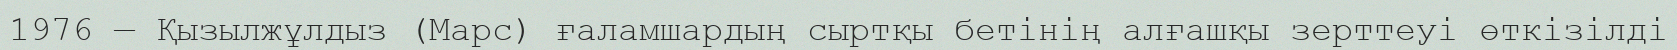
1976 — Қызылжұлдыз (Марс) ғаламшардың сыртқы бетінің алғашқы зерттеуi өткiзiлді